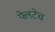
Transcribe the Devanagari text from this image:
फ्लेटेच